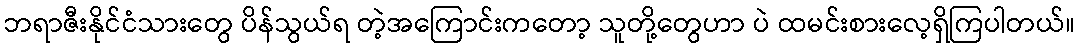
ဘရာဇီးနိုင်ငံသားတွေ ပိန်သွယ်ရ တဲ့အကြောင်းကတော့ သူတို့တွေဟာ ပဲ ထမင်းစားလေ့ရှိကြပါတယ်။